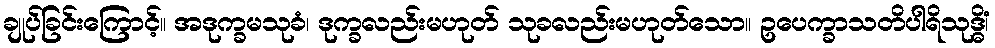
ချုပ်ခြင်းကြောင့်။ အဒုက္ခမသုခံ၊ ဒုက္ခလည်းမဟုတ် သုခလည်းမဟုတ်သော။ ဥပေက္ခာသတိပါရိသုဒ္ဓိံ၊